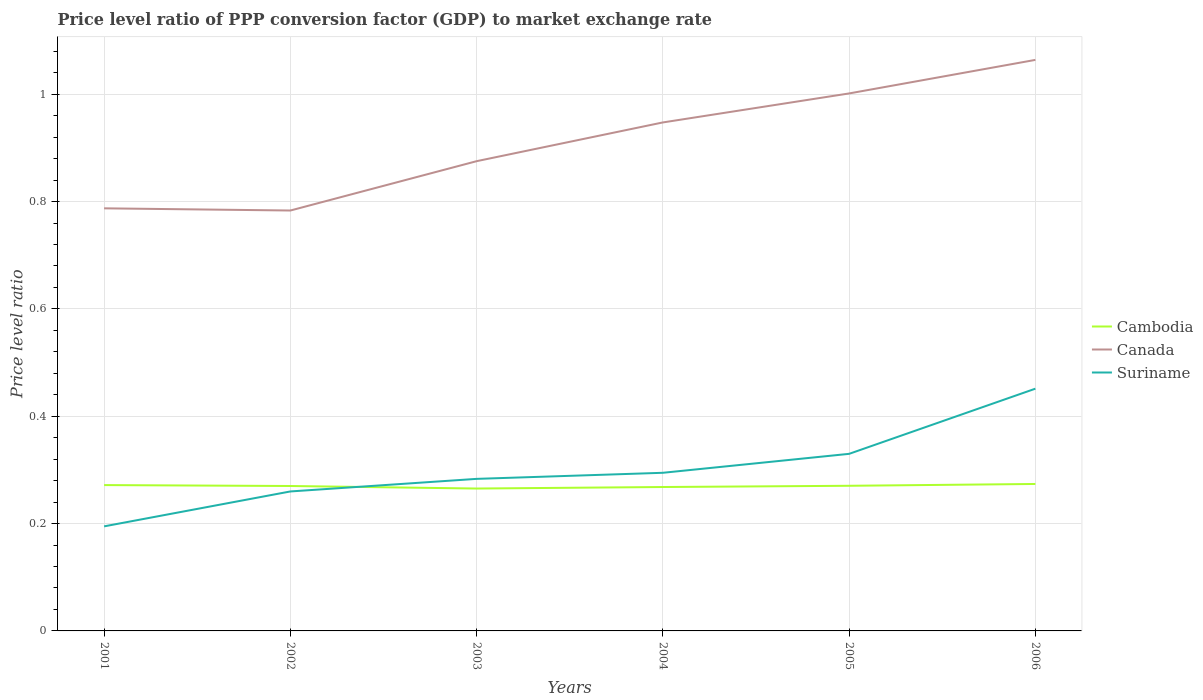
| Years | Cambodia | Canada | Suriname |
 | --- | --- | --- | --- |
 | 2001 | 0.272 | 0.787 | 0.195 |
 | 2002 | 0.27 | 0.783 | 0.26 |
 | 2003 | 0.265 | 0.875 | 0.283 |
 | 2004 | 0.268 | 0.947 | 0.295 |
 | 2005 | 0.27 | 1 | 0.33 |
 | 2006 | 0.274 | 1.06 | 0.451 |